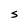
Character: S